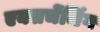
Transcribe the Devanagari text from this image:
एक्सचेंजिंग